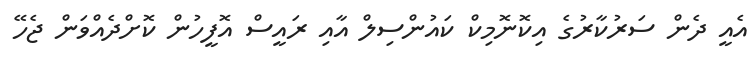
އެއީ ދެން ސަރުކާރުގެ އިކޮނޮމިކް ކައުންސިލް އާއި ރައީސް އޮފީހުން ކޮށްދެއްވަން ޖެހޭ